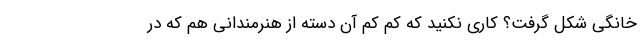
خانگی شکل گرفت؟ کاری نکنید که کم کم آن دسته از هنرمندانی هم که در